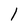
Character: 1